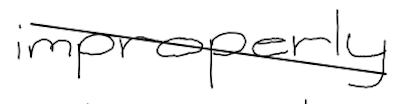
Text: improperly
Cross-out: diagonal
Writing tool: digital_black